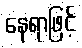
နေရာဖြင့်